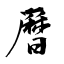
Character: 曆